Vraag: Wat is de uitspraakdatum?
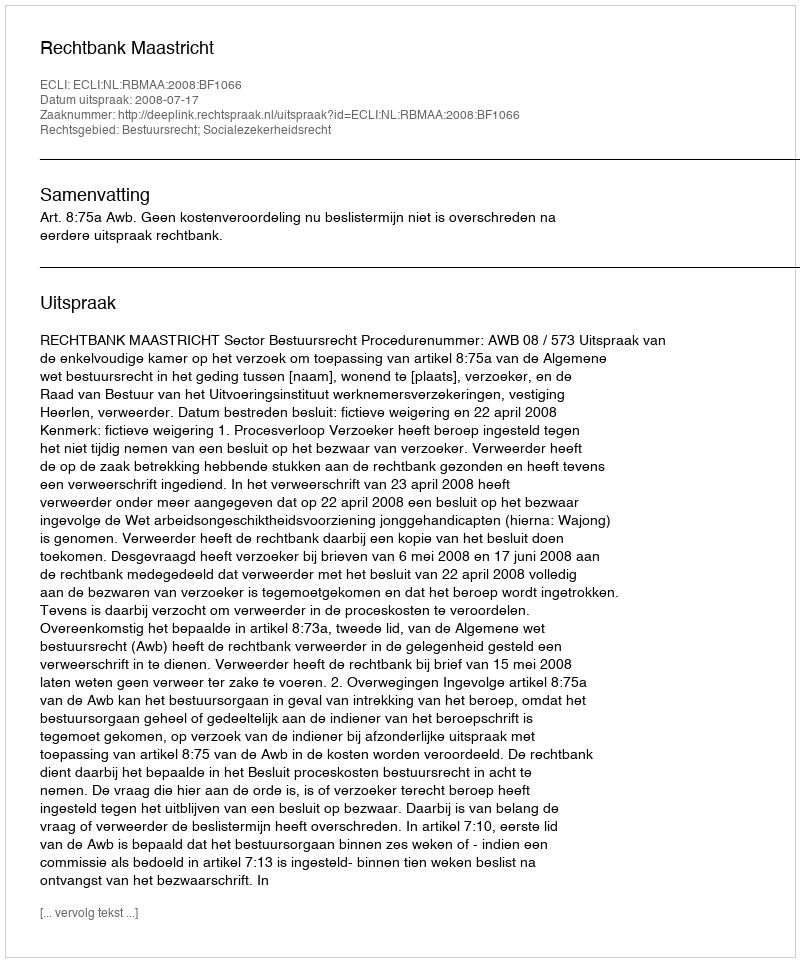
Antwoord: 2008-07-17